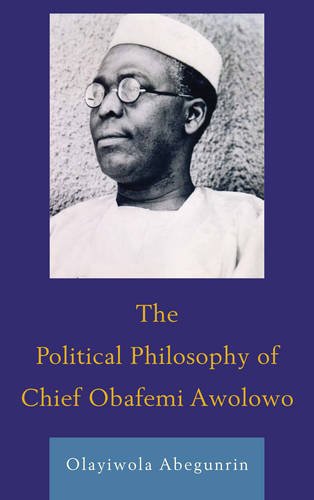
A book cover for The Political Philosophy of Chief Obafemi Awolowo; Olayiwola Abegunrin; History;